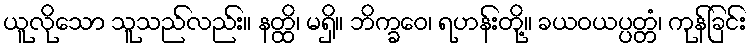
ယူလိုသော သူသည်လည်း။ နတ္ထိ၊ မရှိ။ ဘိက္ခဝေ၊ ရဟန်းတို့။ ခယဝယပ္ပတ္တံ၊ ကုန်ခြင်း